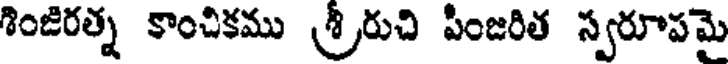
శింజిరత్న కాంచికము శ్రీరుచి పీంజరిత స్వరూపమై